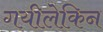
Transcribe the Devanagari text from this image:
गयीलेकिन